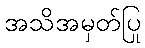
အသိအမှတ်ပြု